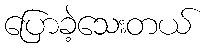
ပြောခဲ့သေးတယ်